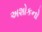
અશોકનો